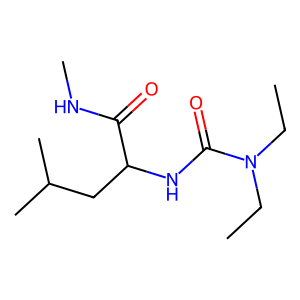
SMILES: CCN(CC)C(=O)NC(CC(C)C)C(=O)NC
Inhibits HIV replication: No